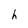
Character: h